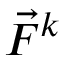
\vec { F } ^ { k }